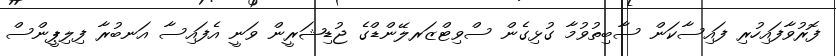
ފޮރުވާފައިހުރި ފައިސާކަން ސާބިތުވުމާ ގުޅިގެން ސްވިޓްޒަރލޭންޑްގެ ޖުޑިޝަރީން ވަނީ އެފައިސާ އަނބުރާ ފިލިޕީންސް